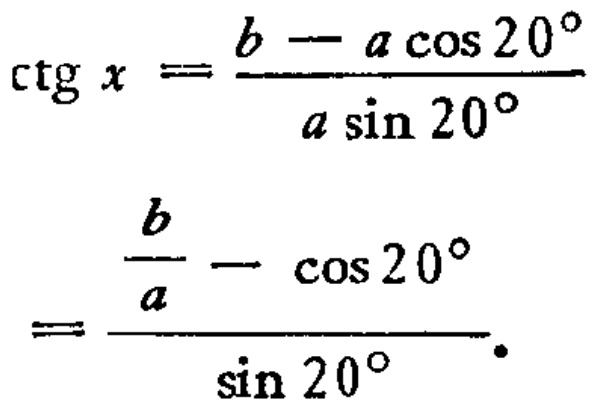
\[\begin{align*}
\mathrm{ctg}\,x&=\frac{b - a\cos20^{\circ}}{a\sin20^{\circ}}\\
&=\frac{\frac{b}{a}-\cos20^{\circ}}{\sin20^{\circ}}
\end{align*}\]